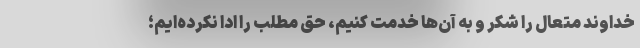
خداوند متعال را شکر و به آن‌ها خدمت کنیم، حق مطلب را ادا نکرده‌ایم؛